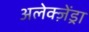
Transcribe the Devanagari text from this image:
अलेक्ज़ेंड्रा